Source: Handwritten
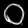
Digit: ၀ (0)